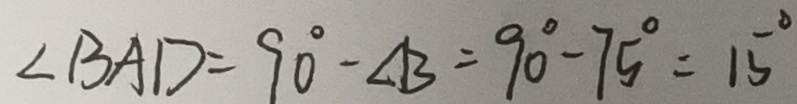
\angle B A D = 9 0 ^ { \circ } - \angle B = 9 0 ^ { \circ } - 7 5 ^ { \circ } = 1 5 ^ { \circ }